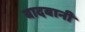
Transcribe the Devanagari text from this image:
बादबानी